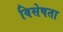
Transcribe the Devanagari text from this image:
विसेषता